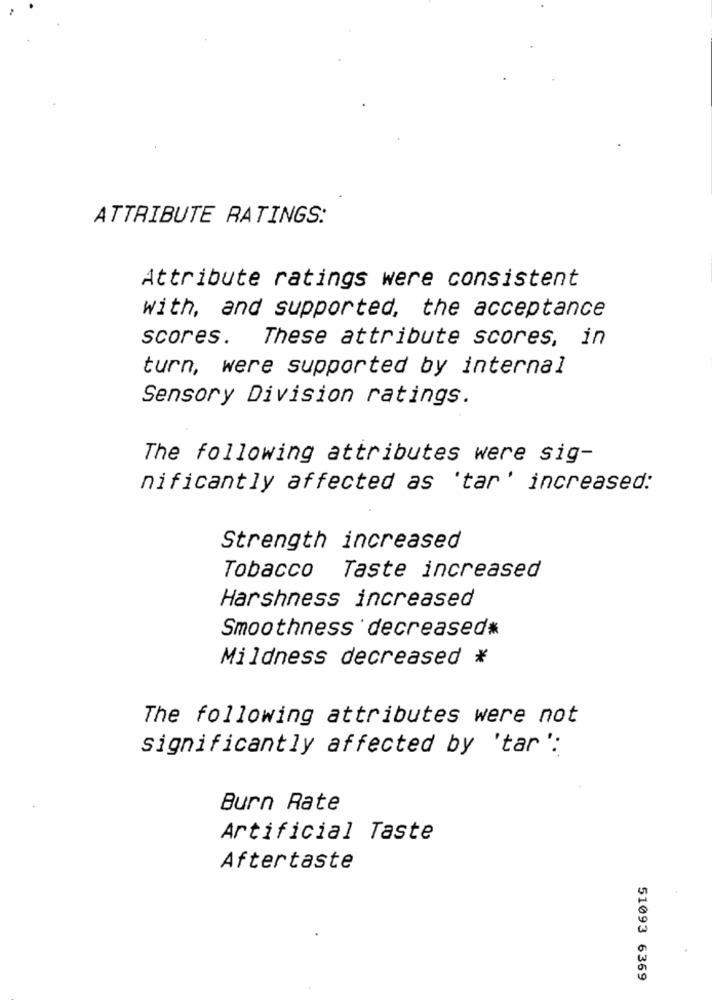
ATTRIBUTE RATINGS:
Attribute ratings were consistent
with, and supported, the acceptance
scores. These attribute scores, in
turn, were supported by internal
Sensory Division ratings.
The following attributes were sig-
nificantly affected as 'tar' increased:
Strength increased
Tobacco
Taste increased
Harshness increased
Smoothness decreased*
Mildness decreased *
The following attributes were not
significantly affected by 'tar':
Burn Rate
Artificial Taste
Aftertaste
51093 6369